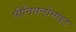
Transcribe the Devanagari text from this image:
पीनियलोसाइट